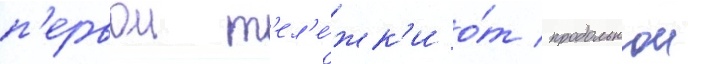
п'ервои т'ел'е́жк'и о́т продольнои